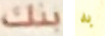
بنك به